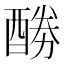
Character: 𮠲